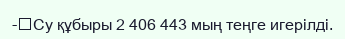
-	Су құбыры 2 406 443 мың теңге игерілді.